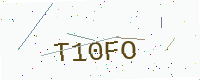
Text: T10FO